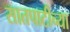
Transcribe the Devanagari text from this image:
सातपाटीच्या